Civil Veterinary Department Bihar reports 1940-50 - 1940-1950
Year: 1940
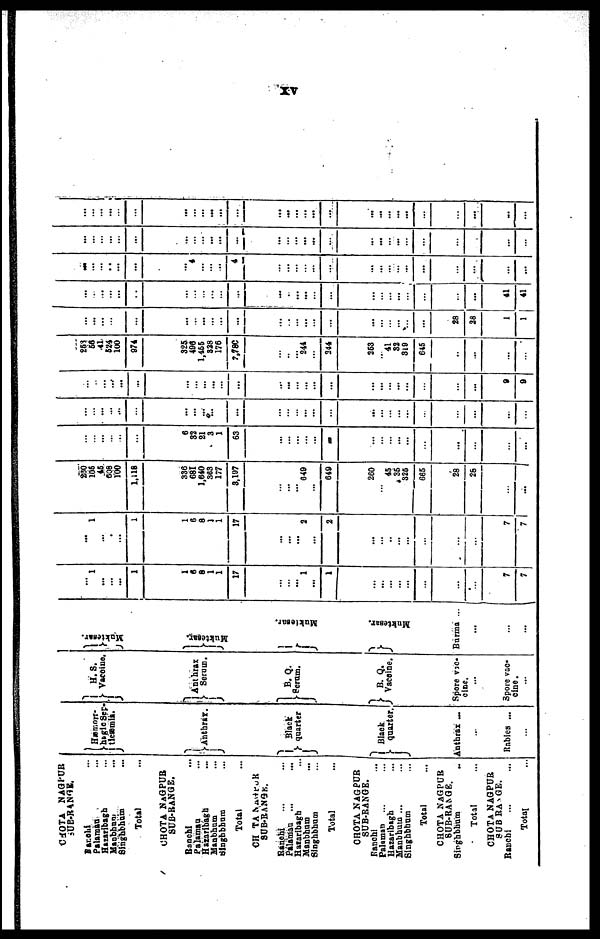
XV
CHOTA NAGPUR
SUB-RANGE.
Ranchi …
Palamau …
Hazaribagh …
Manbhum …
Singhbhum …
Total …
CHOTA NAGPUR
SUB-RANGE.
Ranchi …
Palamau …
Hazaribagh …
Manbhum …
Singhbhum …
Total …
CHOTA NAGPUR
SUB-RANGE.
Ranchi … …
Palamau
... …
Hazaribagh …
Manbhum …
Singhbhum …
Total …
CHOTA NAGPUR
SUB-RANGE.
Ranchi …
Palaman … …
Hazaribagh …
Manbhum ... …
Singhbhum …
Total …
CHOTA NAGPUR
SUB-RANGE.
Singhbhum …
Total …
CHOTA NAGPUR
SUB RANGE.
Ranchi
...
...
Total
...
Hæmorr-
hagic Sep-
ticæmia.
Anthrax.
Black
quarter
Black
quarter.
Anthrax …
…
Rabies ...
…
H. S.
Vaccine.
Anthrax
Serum.
B. Q.
Serum.
B. Q.
Vaccine.
Spore vac-
cine.
…
spore vac-
...
Muktesar.
Muktesar.
Muktesar.
Muktesar.
Burma ...
...
…
…
…
l
…
…
…
1
1
6
8
1
1
17
…
…
…
1
…
1
…
…
…
…
…
…
…
…
7
7
…
1
…
…
… 1
1
6
8
1
1
17
…
...
…
2
…
2
…
…
…
… ...
…
...
…
7
7
230
105
45
608
100
1.118
336
681
1,640
363
177
3,197
…
…
…
649
…
649
260
…
45
35
325
665
28
28
…
…
…
…
…
…
…
6
32
21
3
1
63
…
…
…
… …
…
…
…
…
…
…
…
...
…
…
…
…
... …
…
…
...
…
…
…
…
…
...
...
...
...
… ...
...
...
...
...
...
...
..
...
...
...
...
…
…
…
…
…
…
…
…
…
…
...
…
...
…
… …
…
…
…
…
...
…
…
…
…
9
9
253
56
41
524
100 974
325
496
1,455
328
176
7,780
…
…
…
244
…
344
263
… 41
32
319
645
…
…
…
…
…
…
…
…
…
…
…
…
…
…
…
…
…
…
… …
…
…
…
…
…
...
…
28
28
1
1
…
…
…
…
…
…
…
…
…
…
…
...
…
...
…
…
…
…
…
…
…
…
…
…
…
41
41
…
…
…
…
…
…
4
…
…
…
4
…
…
…
… …
…
…
…
…
…
…
…
…
…
…
…
…
…
…
…
…
…
…
…
…
…
…
…
…
...
…
…
…
…
...
…
...
…
…
…
…
…
…
…
…
…
…
…
…
…
…
…
…
...
...
...
… ...
…
...
…
…
...
…
…
…
…
…
…